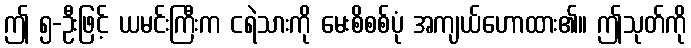
ဤ ၅-ဦးဖြင့် ယမင်းကြီးက ငရဲသားကို မေးစိစစ်ပုံ အကျယ်ဟောထား၏။ ဤသုတ်ကို